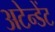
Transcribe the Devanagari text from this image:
अटेन्डेंट